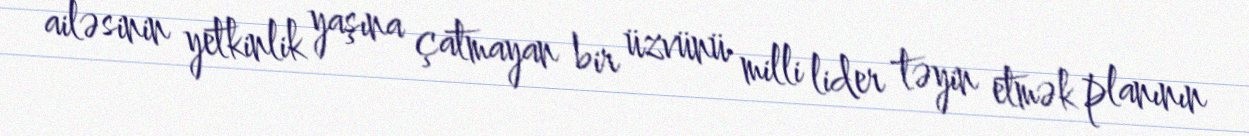
ailəsinin yetkinlik yaşına çatmayan bir üzvünü milli lider təyin etmək planının